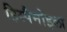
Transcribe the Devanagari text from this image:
हिस्पैनोइला